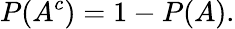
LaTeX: P(A^{c})=1-P(A).